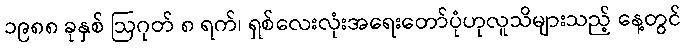
၁၉၈၈ ခုနှစ် ဩဂုတ် ၈ ရက်၊ ရှစ်လေးလုံးအရေးတော်ပုံဟုလူသိများသည့် နေ့တွင်